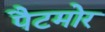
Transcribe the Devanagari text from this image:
पैटमोर